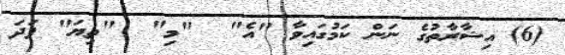
(6) އިޝާރާތުގެ ނަން ކަމުގައިވާ "އެ"  "މި"  "ތިޔަ" ފަދަ